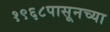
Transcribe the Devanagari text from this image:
१९६८पासूनच्या